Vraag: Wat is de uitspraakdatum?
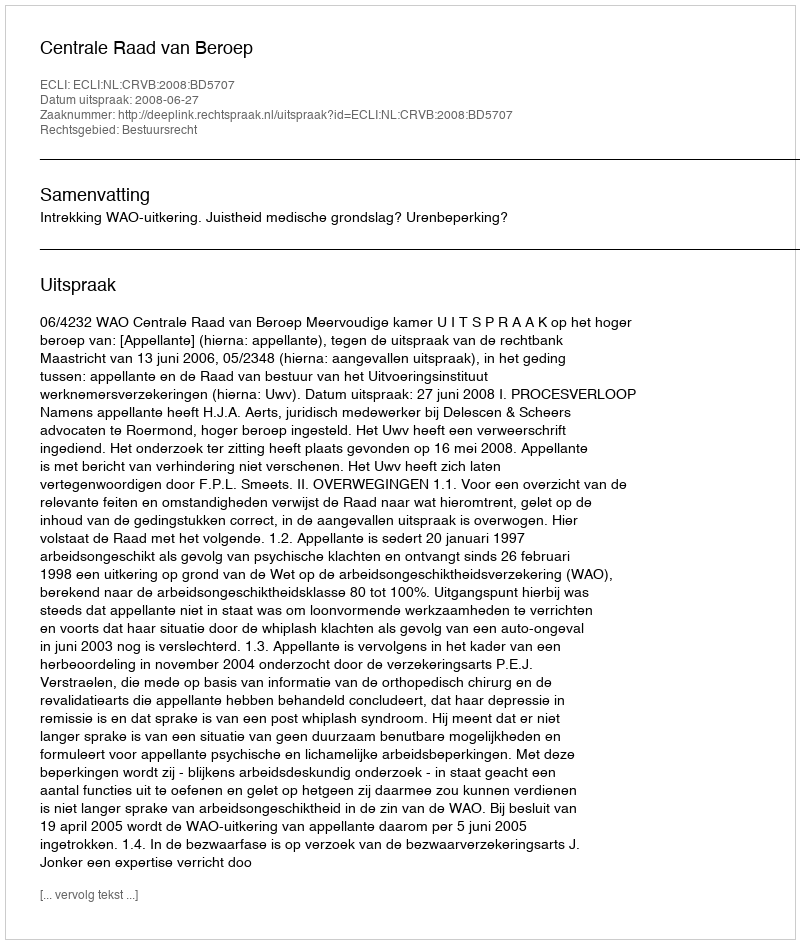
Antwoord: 2008-06-27